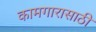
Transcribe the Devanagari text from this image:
कामगारासाठी